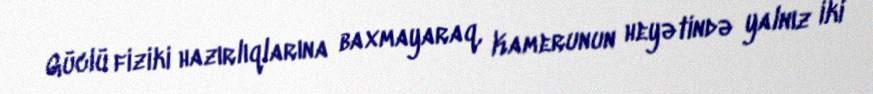
Güclü fiziki hazırlıqlarına baxmayaraq, Kamerunun heyətində yalnız iki